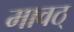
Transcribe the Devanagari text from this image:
मावठ्